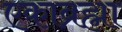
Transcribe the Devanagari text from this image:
एकाब्रह्मा